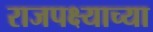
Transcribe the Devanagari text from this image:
राजपक्ष्याच्या